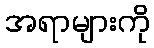
အရာများကို